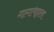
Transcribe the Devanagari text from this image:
गागाभट्टाला